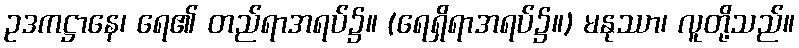
ဥဒကဋ္ဌာနေ၊ ရေ၏ တည်ရာအရပ်၌။ (ရေရှိရာအရပ်၌။) မနုဿာ၊ လူတို့သည်။